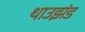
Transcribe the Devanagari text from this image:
थाउझंड